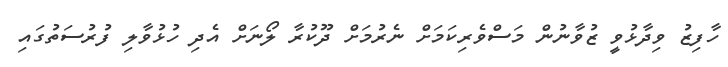
ހާފިޒު ވިދާޅުވީ ޒުވާނުން މަސްވެރިކަމަށް ނެރުމަށް ދޫކުރާ ލޯނަށް އެދި ހުޅުވާލި ފުރުސަތުުގައި